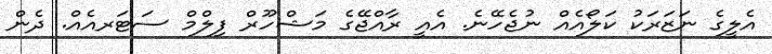
އެލީގެ ނަޒަރަކު ކަލޯއެއް ނުޖެހޭނެ. އެއީ ރާއްޖޭގެ މަޝްހޫރް ފިލްމް ސަޓަރއެއް. ދެން